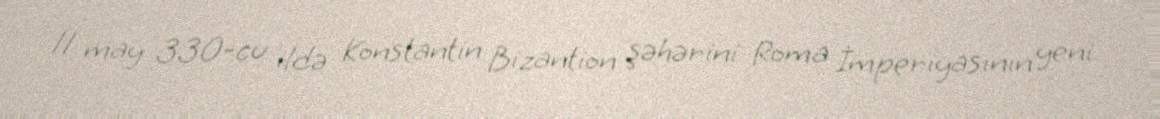
11 may 330-cu ildə Konstantin Bizantion şəhərini Roma İmperiyasının yeni